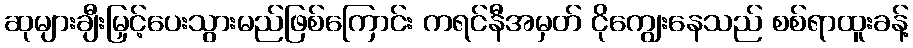
ဆုများချီးမြှင့်ပေးသွားမည်ဖြစ်ကြောင်း ကရင်နီအမှတ် ငိုကျွေးနေသည် စစ်ရာထူးခန့်